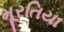
મૂરતિયા